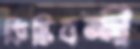
কিস্তিবন্দী